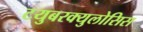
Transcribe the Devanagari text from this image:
टयुबरक्युलोसिस